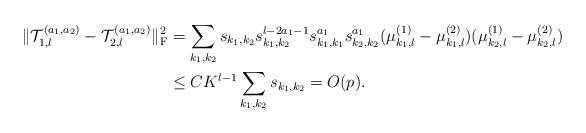
LaTeX: \begin{align*}\|\mathcal{T}_{1,l}^{(a_1,a_2)}-\mathcal{T}_{2,l}^{(a_1,a_2)}\|_{\rm F}^2 &=\sum_{k_1,k_2}s_{k_1,k_2}s_{k_1,k_2}^{l-2a_1-1}s_{k_1,k_1}^{a_1}s_{k_2,k_2}^{a_1}(\mu_{k_1,l}^{(1)}-\mu_{k_1,l}^{(2)})(\mu_{k_2,l}^{(1)}-\mu_{k_2,l}^{(2)})\\&\le CK^{l-1}\sum_{k_1,k_2}s_{k_1,k_2}=O(p).\end{align*}